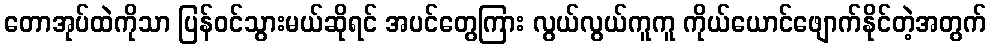
တောအုပ်ထဲကိုသာ ပြန်ဝင်သွားမယ်ဆိုရင် အပင်တွေကြား လွယ်လွယ်ကူကူ ကိုယ်ယောင်ဖျောက်နိုင်တဲ့အတွက်